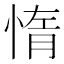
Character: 惰